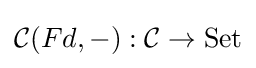
{\mathcal {C}}(Fd,-):{\mathcal {C}}\to \mathrm {Set}